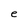
Character: e